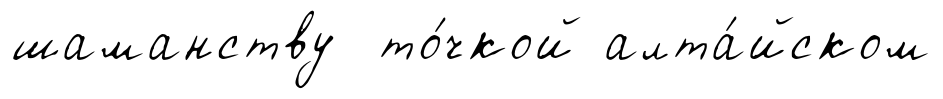
шаманству то́чкой алта́йском